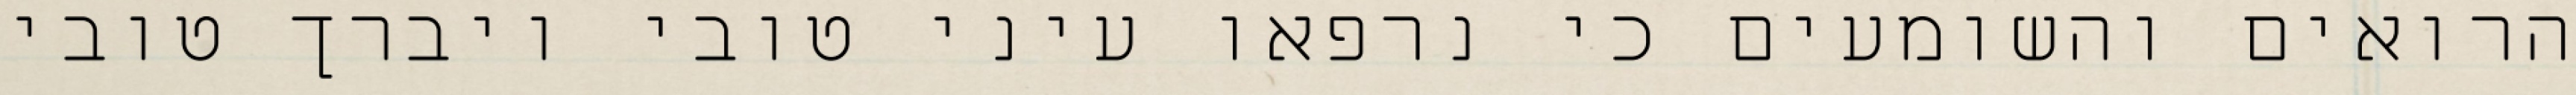
הרואים והשומעים כי נרפאו עיני טובי ויברך טובי